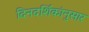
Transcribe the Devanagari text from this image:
दिनदर्शिकांनुसार